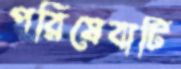
পরিষেবাটি